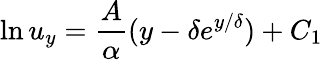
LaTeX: \ln u_{y}=\frac{A}{\alpha}(y-\delta e^{{y}/{\delta}})+C_{1}